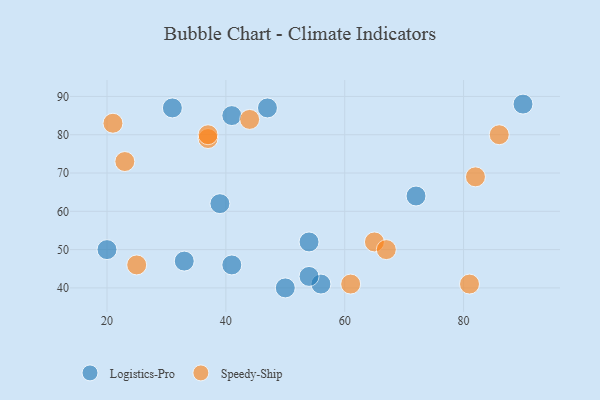
{"axis": {"x": "GDP", "y": "Life Expectancy"}, "legend": ["Logistics-Pro", "Speedy-Ship"], "data": [{"x": "33", "y": 47, "type": "Logistics-Pro"}, {"x": "50", "y": 40, "type": "Logistics-Pro"}, {"x": "47", "y": 87, "type": "Logistics-Pro"}, {"x": "56", "y": 41, "type": "Logistics-Pro"}, {"x": "20", "y": 50, "type": "Logistics-Pro"}, {"x": "41", "y": 85, "type": "Logistics-Pro"}, {"x": "41", "y": 46, "type": "Logistics-Pro"}, {"x": "31", "y": 87, "type": "Logistics-Pro"}, {"x": "54", "y": 52, "type": "Logistics-Pro"}, {"x": "54", "y": 43, "type": "Logistics-Pro"}, {"x": "39", "y": 62, "type": "Logistics-Pro"}, {"x": "72", "y": 64, "type": "Logistics-Pro"}, {"x": "90", "y": 88, "type": "Logistics-Pro"}, {"x": "65", "y": 52, "type": "Speedy-Ship"}, {"x": "44", "y": 84, "type": "Speedy-Ship"}, {"x": "61", "y": 41, "type": "Speedy-Ship"}, {"x": "25", "y": 46, "type": "Speedy-Ship"}, {"x": "86", "y": 80, "type": "Speedy-Ship"}, {"x": "37", "y": 79, "type": "Speedy-Ship"}, {"x": "21", "y": 83, "type": "Speedy-Ship"}, {"x": "67", "y": 50, "type": "Speedy-Ship"}, {"x": "37", "y": 80, "type": "Speedy-Ship"}, {"x": "82", "y": 69, "type": "Speedy-Ship"}, {"x": "23", "y": 73, "type": "Speedy-Ship"}, {"x": "81", "y": 41, "type": "Speedy-Ship"}]}